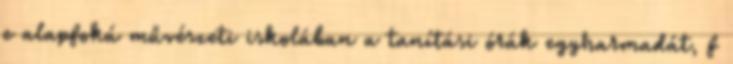
e alapfokú művészeti iskolában a tanítási órák egyharmadát, f